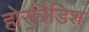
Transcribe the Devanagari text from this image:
होर्सरैडिश